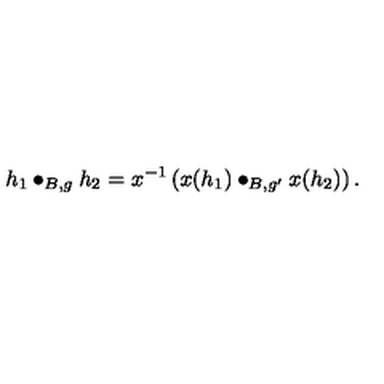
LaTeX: h _ { 1 } \bullet _ { B , g } h _ { 2 } = x ^ { - 1 } \left( x ( h _ { 1 } ) \bullet _ { B , g ^ { \prime } } x ( h _ { 2 } ) \right) .